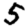
Digit: 5